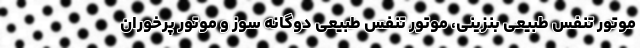
موتور تنفس طبیعی بنزینی، موتور تنفس طبیعی دوگانه سوز و موتور پرخوران